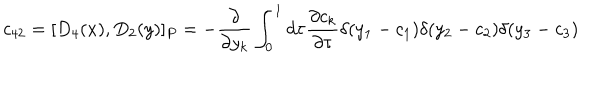
c _ { 4 2 } = [ D _ { 4 } ( x ) , D _ { 2 } ( y ) ] _ { P } = - \frac { \partial } { \partial y _ { k } } \int _ { 0 } ^ { 1 } d \tau \frac { \partial c _ { k } } { \partial \tau } \delta ( y _ { 1 } - c _ { 1 } ) \delta ( y _ { 2 } - c _ { 2 } ) \delta ( y _ { 3 } - c _ { 3 } )